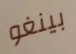
بينغو